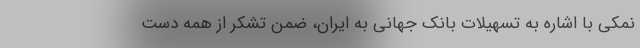
نمکی با اشاره به تسهیلات بانک جهانی به ایران، ضمن تشکر از همه دست